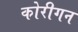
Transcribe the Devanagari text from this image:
कोरीगन